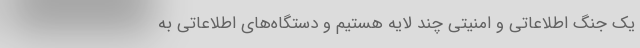
یک جنگ اطلاعاتی و امنیتی چند لایه هستیم و دستگاه‌های اطلاعاتی به